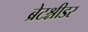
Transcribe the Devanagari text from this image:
ब्रेटश्नीडर